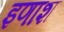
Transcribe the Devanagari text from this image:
इणाश